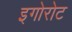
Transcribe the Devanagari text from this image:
इगोरोट